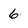
Character: 6